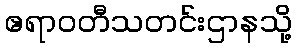
ဧရာဝတီသတင်းဌာနသို့